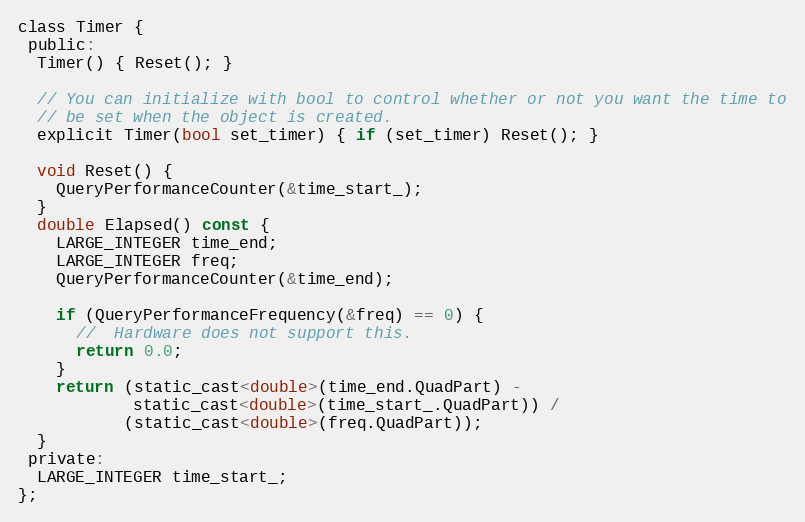
Language: C
class Timer {
 public:
  Timer() { Reset(); }

  // You can initialize with bool to control whether or not you want the time to
  // be set when the object is created.
  explicit Timer(bool set_timer) { if (set_timer) Reset(); }

  void Reset() {
    QueryPerformanceCounter(&time_start_);
  }
  double Elapsed() const {
    LARGE_INTEGER time_end;
    LARGE_INTEGER freq;
    QueryPerformanceCounter(&time_end);

    if (QueryPerformanceFrequency(&freq) == 0) {
      //  Hardware does not support this.
      return 0.0;
    }
    return (static_cast<double>(time_end.QuadPart) -
            static_cast<double>(time_start_.QuadPart)) /
           (static_cast<double>(freq.QuadPart));
  }
 private:
  LARGE_INTEGER time_start_;
};